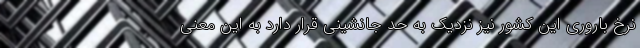
نرخ باروری این کشور نیز نزدیک به حد جانشینی قرار دارد به این معنی